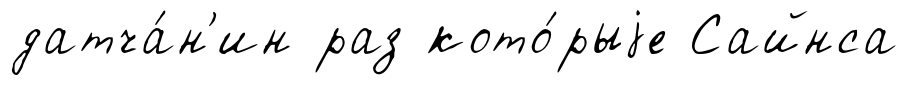
датча́н'ин раз кото́рыjе Сайнса